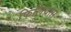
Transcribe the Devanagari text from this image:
फिलियास